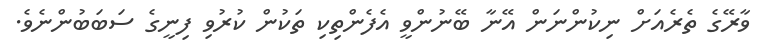
ވާރޭގެ ތެރެއަށް ނިކުންނަން އޭނާ ބޭނުންވީ އެފެންތިކި ތަކުން ކުރުވި ފިނީގެ ސަބަބުންނެވެ.